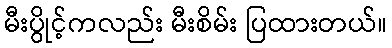
မီးပွိုင့်ကလည်း မီးစိမ်း ပြထားတယ်။